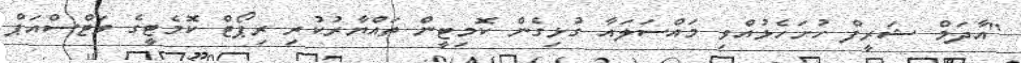
"އާދަމް ޝަރީފް ހުށަހެޅުއްވި މައްސަލައާ ގުޅިގެން ކޮމިޓީން ތައްޔާރުކުރި ރިޕޯޓް ކޮމެޓީގެ ވަޓްސްއަޕް